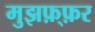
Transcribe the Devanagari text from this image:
मुझफ़्फ़र